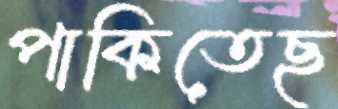
পাকিতেছ